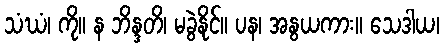
သံဃံ၊ ကို။ န ဘိန္ဒတိ၊ မခွဲနိုင်။ ပန၊ အနွယကား။ သေဒါယ၊